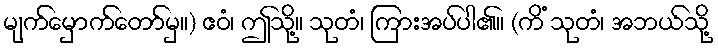
မျက်မှောက်တော်မှ။) ဧဝံ၊ ဤသို့။ သုတံ၊ ကြားအပ်ပါ၏။ (ကိံ သုတံ၊ အဘယ်သို့